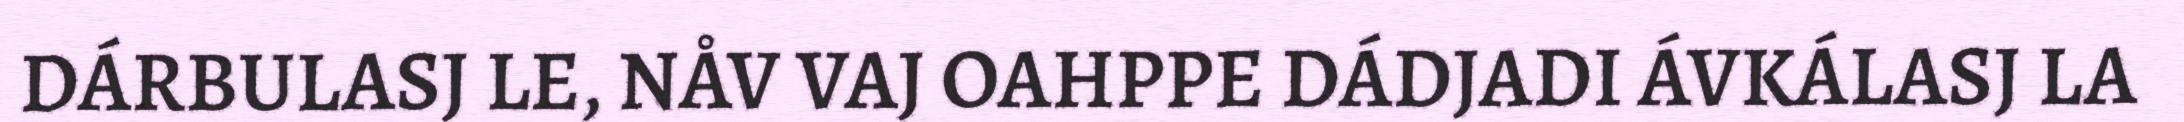
DÁRBULASJ LE, NÅV VAJ OAHPPE DÁDJADI ÁVKÁLASJ LA